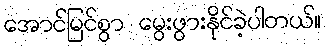
အောင်မြင်စွာ မွေးဖွားနိုင်ခဲ့ပါတယ်။